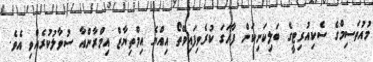
މުއުތަސިމްގެ ސެކިއުރިޓީގެ ބަލިކަށިކަން ފާހަގަ ކުރެވިފައިވޭތޯ އިއްޔެ އިމްތިޔާޒް އިމްރާންއާ ސުވާލުކުރެއްވި އެވެ.